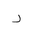
Letter: _ra